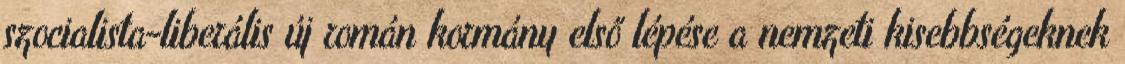
szocialista-liberális új román kormány első lépése a nemzeti kisebbségeknek